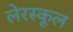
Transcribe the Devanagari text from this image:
लेरस्कूल